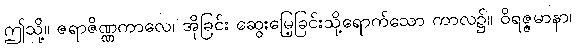
ဤသို့။ ဇရာဇိဏ္ဏကာလေ၊ အိုခြင်း ဆွေးမြေ့ခြင်းသို့ရောက်သော ကာလ၌။ ဝိရဇ္ဇမာနာ၊